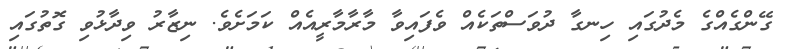
ގޭންގެއްގެ މެދުގައި ހިނގާ ދުވަސްތަކެއް ވެފައިވާ މާރާމާރީއެއް ކަމަށެވެ. ނިޒާރު ވިދާޅުވި ގޮތުގައި